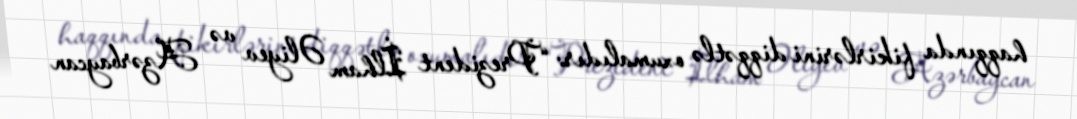
haqqında fikirlərini diqqətlə oxumalıdır: “Prezident İlham Əliyev və Azərbaycan